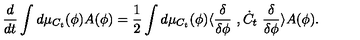
\frac { d } { d t } \int d \mu _ { C _ { t } } ( \phi ) A ( \phi ) = \frac { 1 } { 2 } \int d \mu _ { C _ { t } } ( \phi ) \langle \frac { \delta } { \delta \phi } \ , \dot { C } _ { t } \ \frac { \delta } { \delta \phi } \rangle A ( \phi ) .